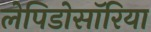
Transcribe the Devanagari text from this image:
लेपिडोसॉरिया